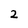
Character: 2